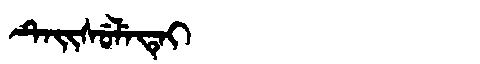
Manchu: ᡨᡝᡳᠰᡠᠯᡝᡨᡝᡳ
Romanization: TEISULETEI